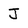
Character: J